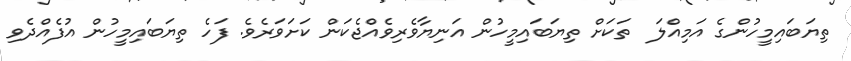
ތިޔަބައިމީހުންގެ އަމިއްލަ  ތަކަށް ތިޔަބައިމީހުން އަނިޔާވެރިވެއްޖެކަން ކަށަވަރެވެ. ފަހެ ތިޔަބައިމީހުން އުފެއްދެވި